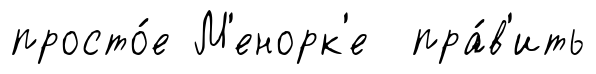
просто́е М'енорк'е пра́в'ить